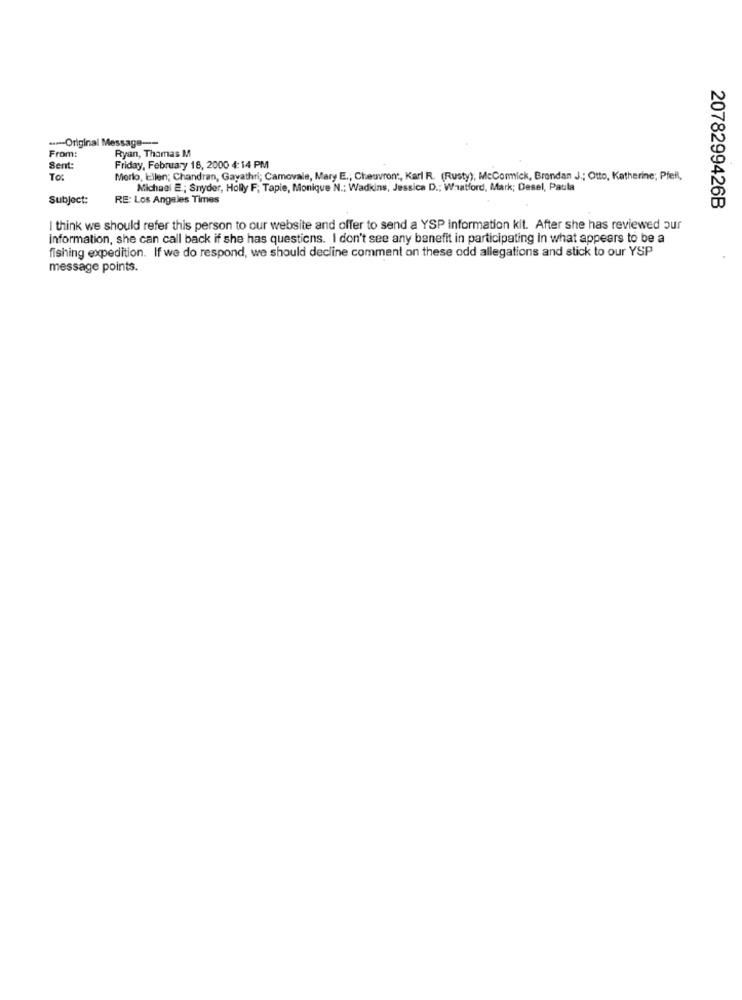
-- Original Message ----
From:
Ryan, Thomas M
Sent:
Friday, February 18, 2000 4:14 PM
To:
Morlo, Ellen; Chandran, Gayathri; Camovale, Mary E .; Cheuvront, Karl R. (Rusty), McComick, Brendan J .; Otto, Katherine; Pfeil,
Michael E .; Snyder, Holly F; Tapie, Monique N .: Wadkins, Jessica D .; Whatford, Mark; Desel, Paula
Subject:
RE: Los Angeles Times
2078299426B
I think we should refer this person to our website and offer to send a YSP information kit. After she has reviewed our
Information, she can call back if she has questions. I don't see any benefit in participating in what appears to be a
fishing expedition. If we do respond, we should decline comment on these odd allegations and stick to our YSP
message points.